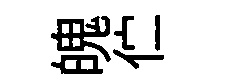
魄伫